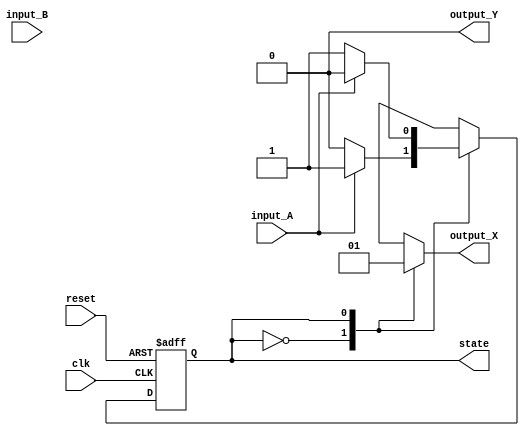
module mealy_state_machine(
    input clk, reset, input_A, input_B,
    output reg output_X, output reg output_Y,
    output reg state
);

// State definitions
parameter State1 = 2'b00;
parameter State2 = 2'b01;
parameter State3 = 2'b10;
parameter State4 = 2'b11;

// State transition conditions
always @(posedge clk or posedge reset)
begin
    if(reset)
        state <= State1;
    else
    begin
        case(state)
            State1: state <= input_A ? State2 : State1;
            State2: state <= input_A ? State3 : state;
            State3: state <= input_B ? State4 : State3;
            State4: state <= input_B ? State2 : state;
        endcase
    end
end

// Output logic
always @(state or input_A or input_B)
begin
    case(state)
        State1: begin
            output_X <= 1'b0;
            output_Y <= 1'b0;
        end
        State2: begin
            output_X <= 1'b1;
            output_Y <= 1'b0;
        end
        State3: begin
            output_X <= 1'b0;
            output_Y <= 1'b1;
        end
        State4: begin
            output_X <= 1'b1;
            output_Y <= 1'b1;
        end
    endcase
end

endmodule